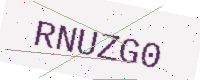
Text: RNUZG0